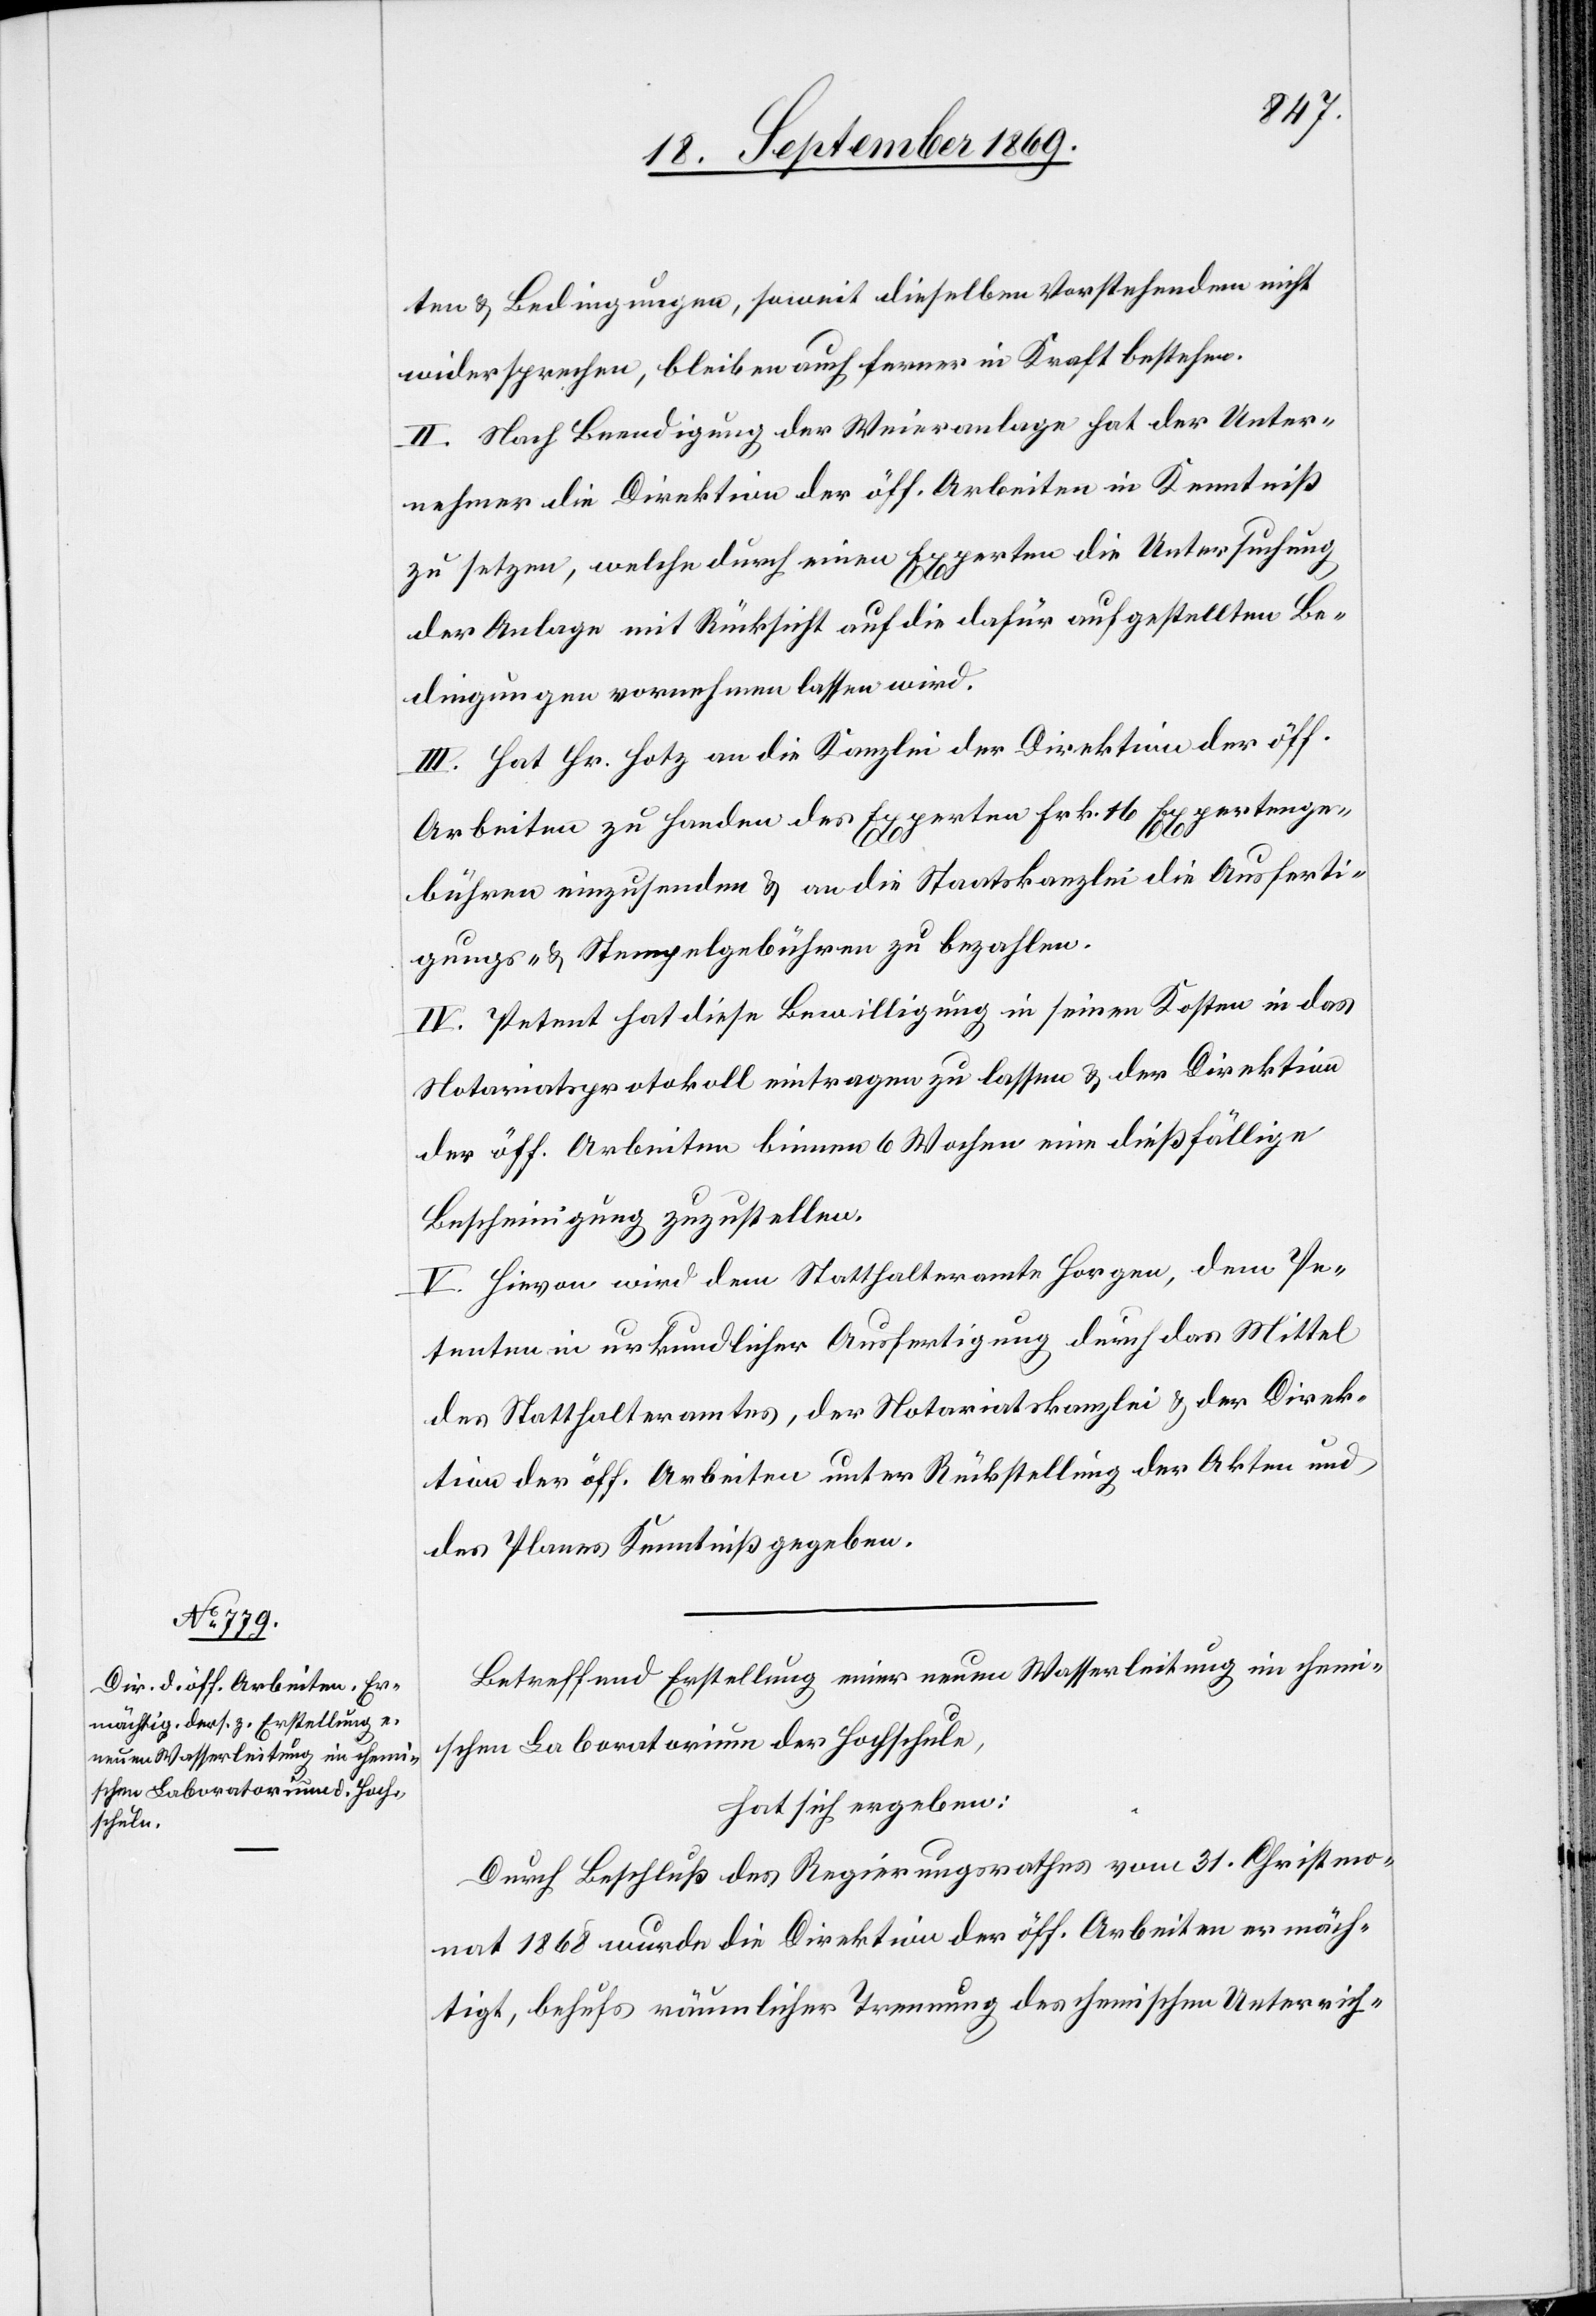
ten & Bedingungen, soweit dieselben Vorstehendem nicht
widersprechen, bleiben auch ferner in Kraft bestehen.
II. Nach Beendigung der Weieranlage hat der Unter¬
nehmer die Direktion der öff. Arbeiten in Kenntniß
zu setzen, welche durch einen Experten die Untersuchung
der Anlage mit Rücksicht auf die dafür aufgestellten Be¬
dingungen vornehmen lassen wird.
III. Hat Hr. Hotz an die Kanzlei der Direktion der öff.
Arbeiten zu Handen des Experten Frk. 16 Expertenge¬
bühren einzusenden & an die Staatskanzlei die Ausferti¬
gungs- & Stempelgebühren zu bezahlen.
IV. Petent hat diese Bewilligung in seinen Kosten in das
Notariatsprotokoll eintragen zu lassen & der Direktion
der öff. Arbeiten binnen 6 Wochen eine dießfällige
Bescheinigung zuzustellen.
V. Hievon wird dem Statthalteramte Horgen, dem Pe¬
tenten in urkundlicher Ausfertigung durch das Mittel
des Statthalteramtes, der Notariatskanzlei & der Direk¬
tion der öff. Arbeiten unter Rückstellung der Akten und
des Planes Kenntniß gegeben.
Betreffend Erstellung einer neuen Wasserleitung im chem¬
ischen Laboratorium der Hochschule,
hat sich ergeben:
Durch Beschluß des Regierungsrathes vom 31. Christmo¬
nat 1868 wurde die Direktion der öff. Arbeiten ermäch¬
tigt, behufs räumlicher Trennung des chemischen Unterrich-